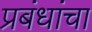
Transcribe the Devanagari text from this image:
प्रबंधांचा